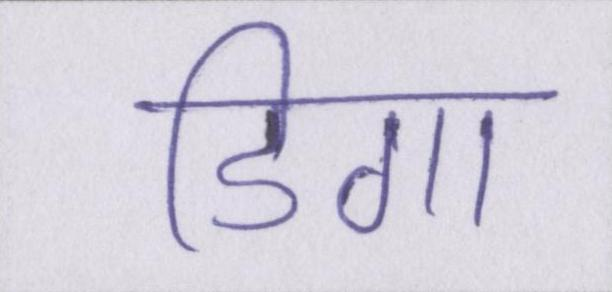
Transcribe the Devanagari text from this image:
डिगा